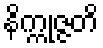
နိက္ကုဇ္ဇတိ